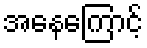
အနေကြောင့်